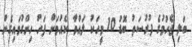
ބަލި ޖެހުމުގެ ފުރުސަތު ބޮޑު 10 މީހަކު ލައްވާ ކެއުމަށް ފަހު ހިންގުވައިގެން